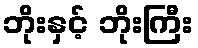
ဘိုးနှင့် ဘိုးကြီး